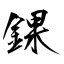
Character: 錁